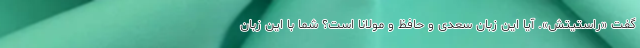
گفت «راستیتش». آیا این زبان سعدی و حافظ و مولانا است؟ شما با این زبان